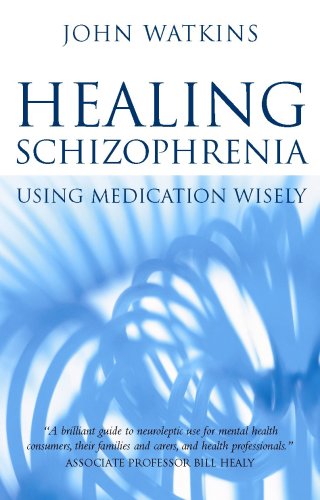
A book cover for Healing Schizophrenia: Using Medication Wisely; John Watkins; Health, Fitness & Dieting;